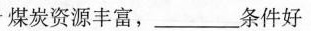
煤炭资源丰富，_____条件好